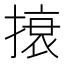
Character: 𰔜